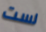
لست